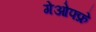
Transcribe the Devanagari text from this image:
गेओफ्फ्रे